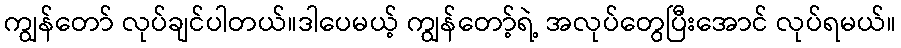
ကျွန်တော် လုပ်ချင်ပါတယ်။ဒါပေမယ့် ကျွန်တော့်ရဲ့ အလုပ်တွေပြီးအောင် လုပ်ရမယ်။